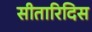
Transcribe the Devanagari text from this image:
सीतारिदिस